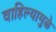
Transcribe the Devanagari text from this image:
वाहिल्यामुळे